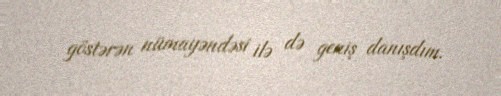
göstərən nümayəndəsi ilə də geniş danışdım.